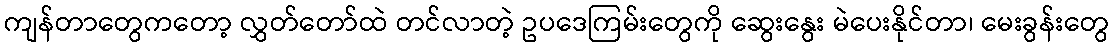
ကျန်တာတွေကတော့ လွှတ်တော်ထဲ တင်လာတဲ့ ဥပဒေကြမ်းတွေကို ဆွေးနွေး မဲပေးနိုင်တာ၊ မေးခွန်းတွေ